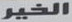
الخير